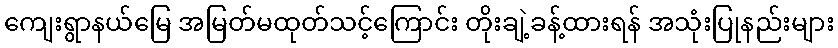
ကျေးရွာနယ်မြေ အမြတ်မထုတ်သင့်ကြောင်း တိုးချဲ့ခန့်ထားရန် အသုံးပြုနည်းများ